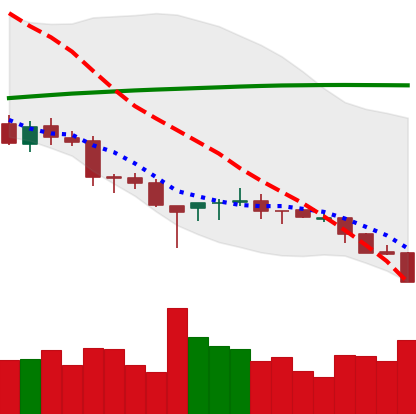
Ticker: ETH-USD
Chart end date: 2018-03-29
Forward return: 8.012%
Label: up_7plus